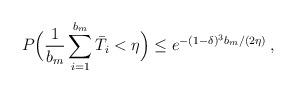
LaTeX: \begin{align*}P\Big(\frac{1}{b_m} \sum_{i=1}^{b_m} \bar T_i < \eta \Big) \le e^{-(1-\delta)^3 b_m/(2 \eta)} \,,\end{align*}